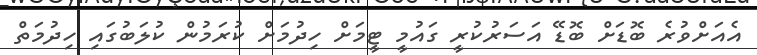
އެއަށްވުރެ ބޮޑަށް ބޮޑޭ އަސަރުކުރީ ގައުމީ ޓީމަށް ހިދުމަށް ކުރަމުން ކުލަބުގައި ހިދުމަތް